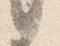
言